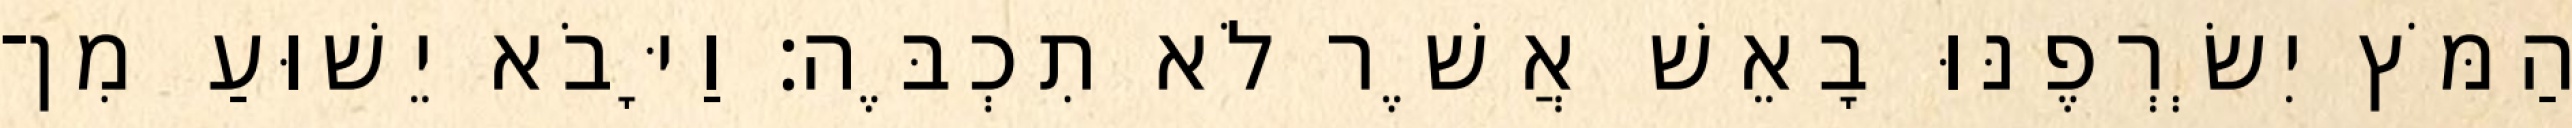
הַמֹּץ יִשְׂרְפֶנּוּ בָאֵשׁ אֲשֶׁר לֹא תִכְבֶּה׃ וַיָּבֹא יֵשׁוּעַ מִן־